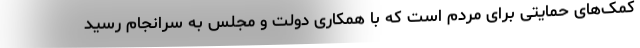
کمک‌های حمایتی برای مردم است که با همکاری دولت و مجلس به سرانجام رسید